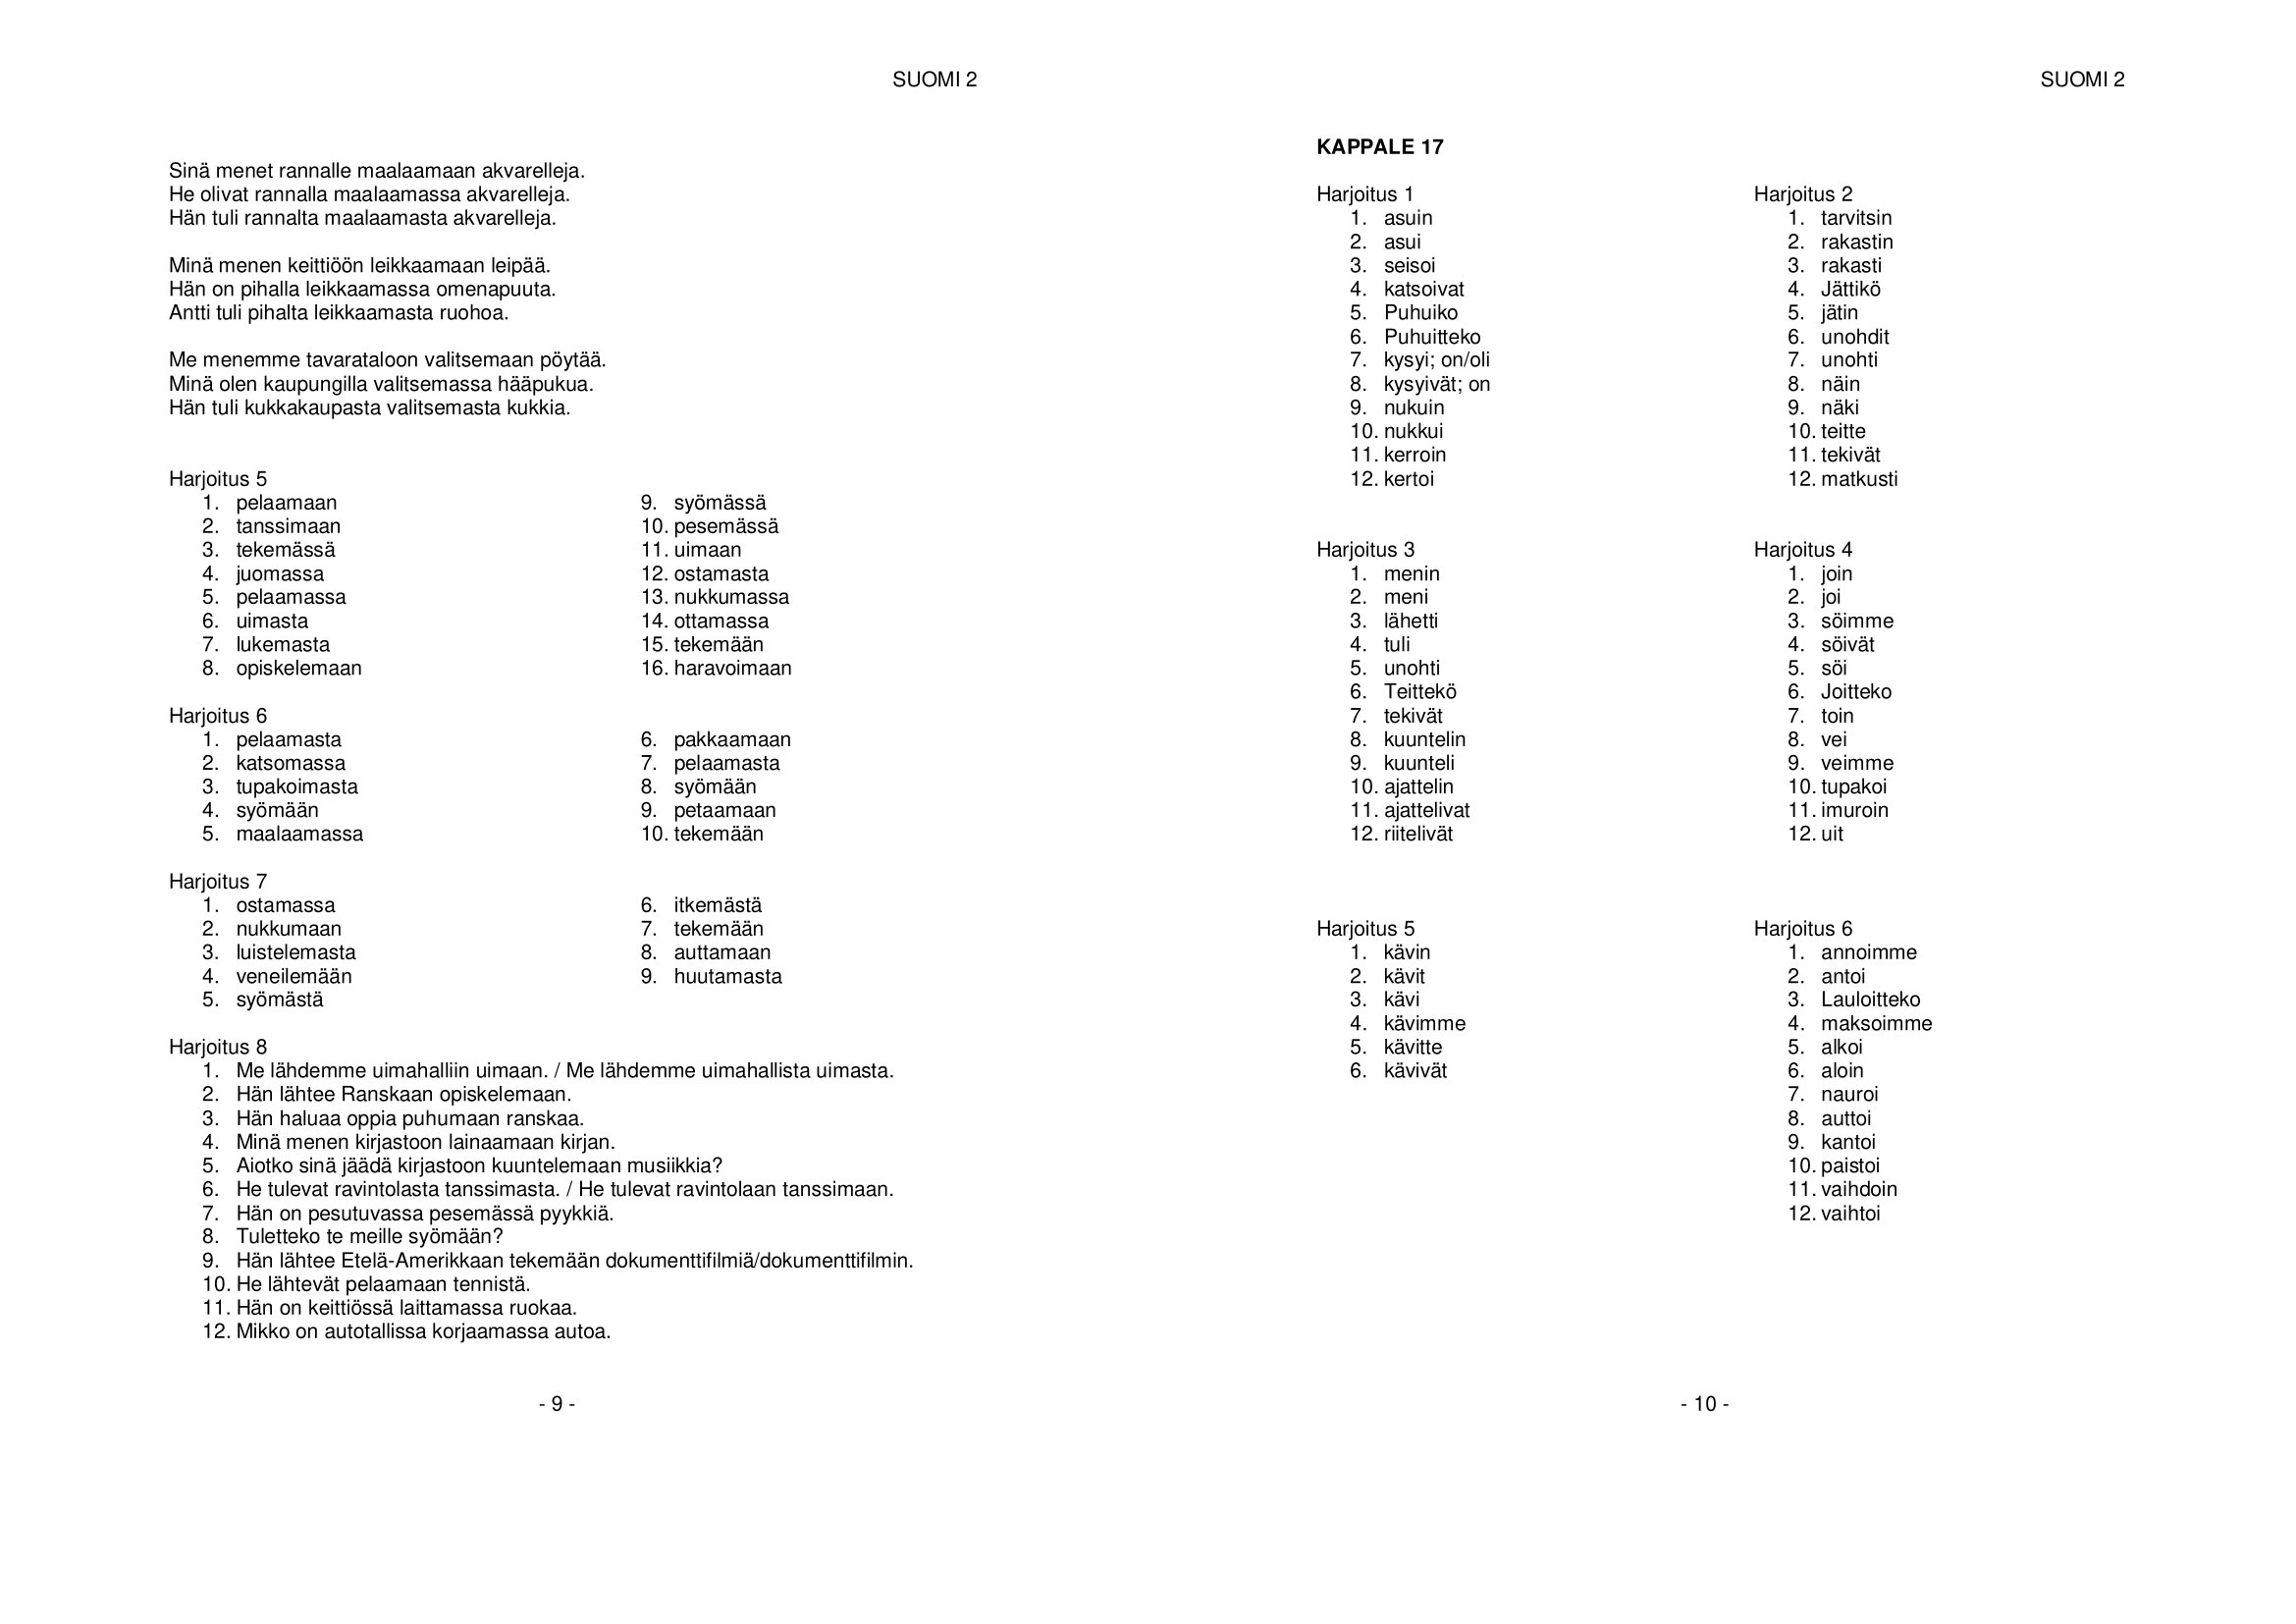
Language: fn